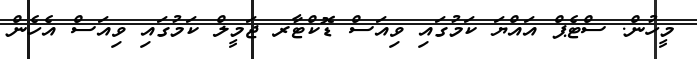
މީހުން. ސްޓެޕް އައްޔަ ކަމުގައި ވިއަސް ޑޮކްޓާރ ޖަމީލް ކަމުގައި ވިއަސް އެހެން